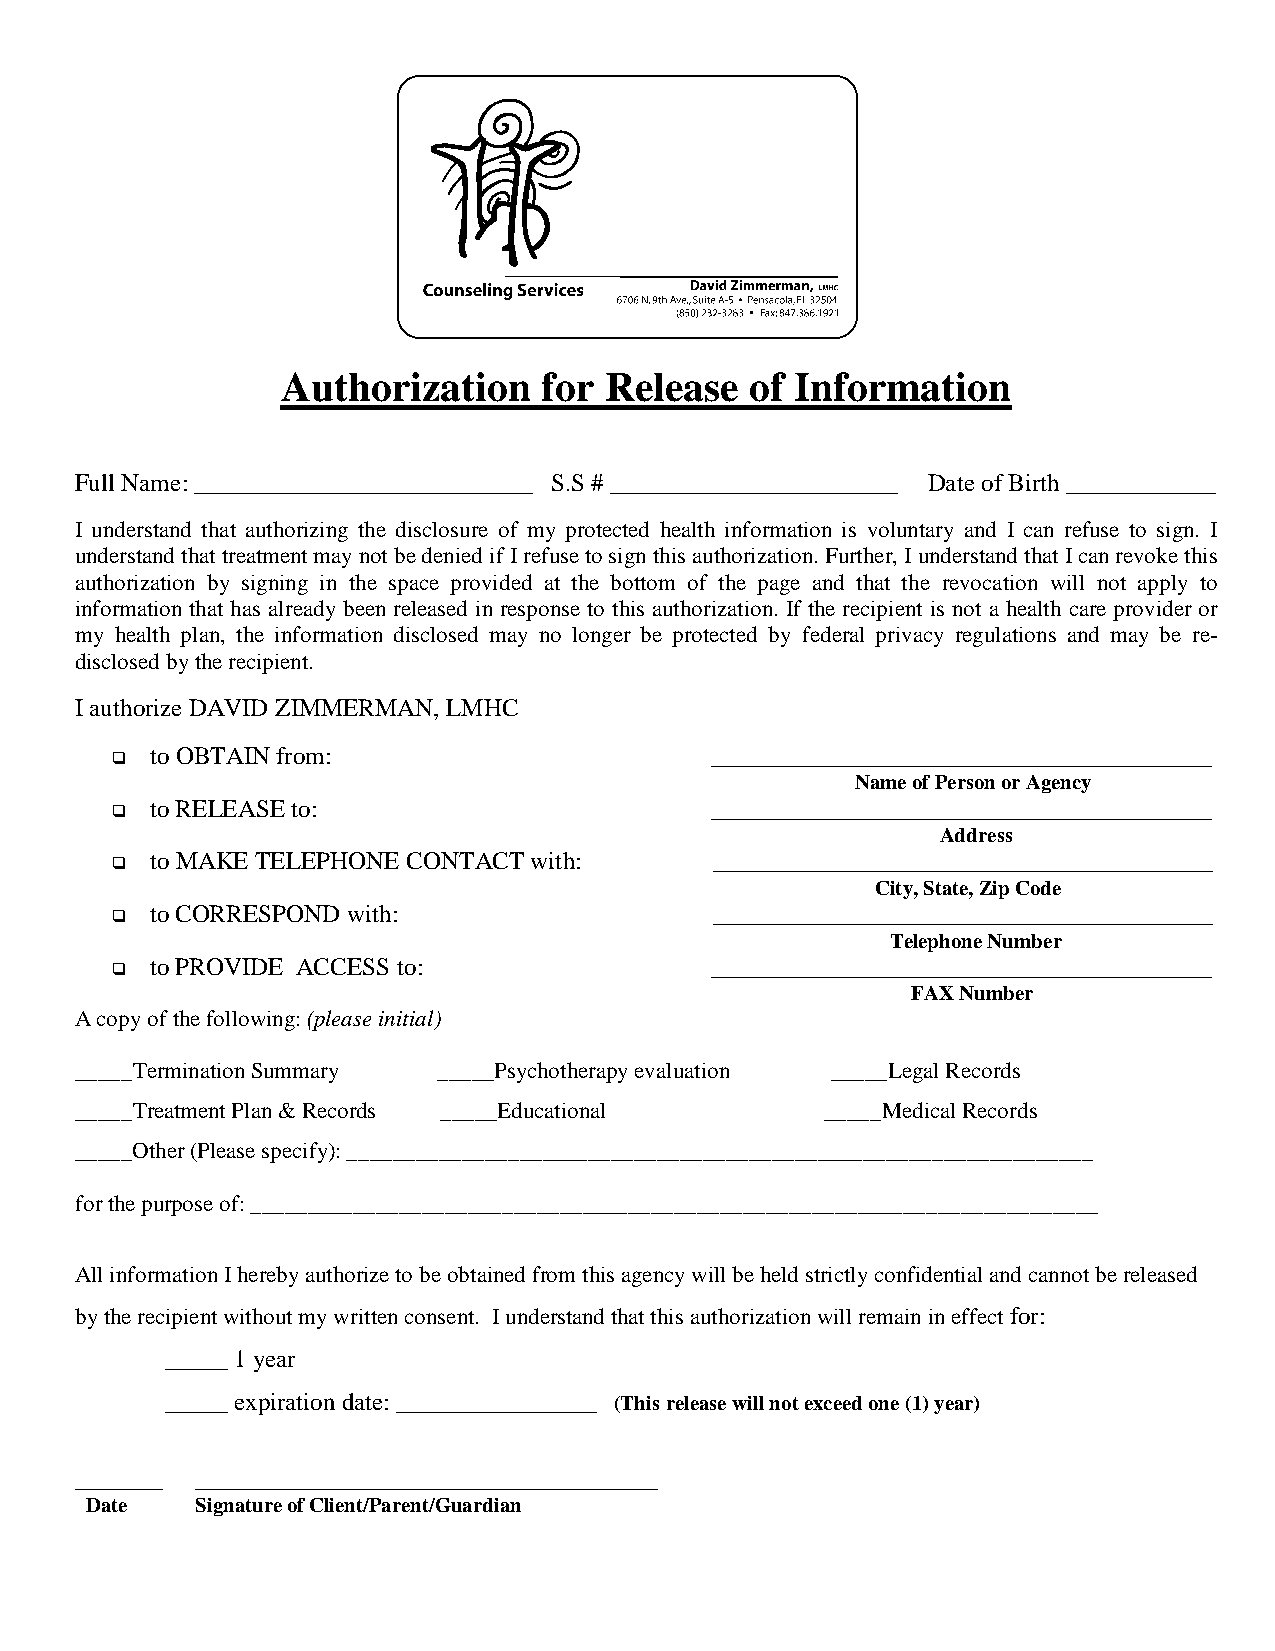
Authorization    for Release   of Information
 Full Name: ___________________________ S.S # _______________________ Date of Birth ____________
 I understand that authorizing the disclosure of my protected health information is voluntary and I can refuse to sign. I
 understand that treatment may not be denied if I refuse to sign this authorization. Further, I understand that I can revoke this
 authorization by signing in the space provided at the bottom of the page and that the revocation will not apply to
 information that has already been released in response to this authorization. If the recipient is not a health care provider or
 my health plan, the information disclosed may no longer be protected by federal privacy regulations and may be re-
 disclosed by the recipient.
 I authorize DAVID ZIMMERMAN, LMHC
   to OBTAIN from:                      ________________________________________
 Name of Person or Agency
   to RELEASE to:                       ________________________________________
 Address
   to MAKE TELEPHONE CONTACT with:      ________________________________________
 City, State, Zip Code
   to CORRESPOND with:                  ________________________________________
 Telephone Number
   to PROVIDE ACCESS to:                ________________________________________
 FAX Number
 A copy of the following: (please initial)
 _____Termination Summary _____Psychotherapy evaluation _____Legal Records
 _____Treatment Plan & Records _____Educational    _____Medical Records
 _____Other (Please specify): _________________________________________________________________
 for the purpose of: __________________________________________________________________________
 All information I hereby authorize to be obtained from this agency will be held strictly confidential and cannot be released
 by the recipient without my written consent. I understand that this authorization will remain in effect for:
 _____ 1 year
 _____ expiration date: ________________ (This release will not exceed one (1) year)
 _______ _____________________________________
 Date   Signature of Client/Parent/Guardian